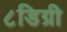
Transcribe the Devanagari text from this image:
८डिग्री